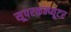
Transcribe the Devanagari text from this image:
सूपरकम्प्यूटर